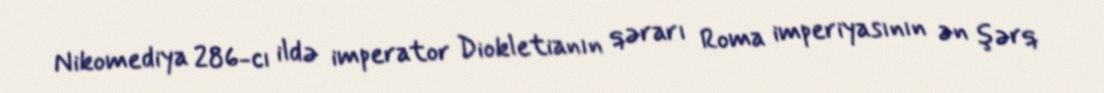
Nikomediya 286-cı ildə imperator Diokletianın qərarı Roma imperiyasının ən şərq